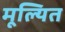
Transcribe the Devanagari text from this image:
मूल्यित